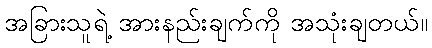
အခြားသူရဲ့ အားနည်းချက်ကို အသုံးချတယ်။